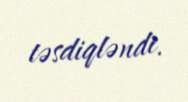
təsdiqləndi.